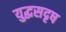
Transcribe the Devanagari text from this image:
युद्धसदृष